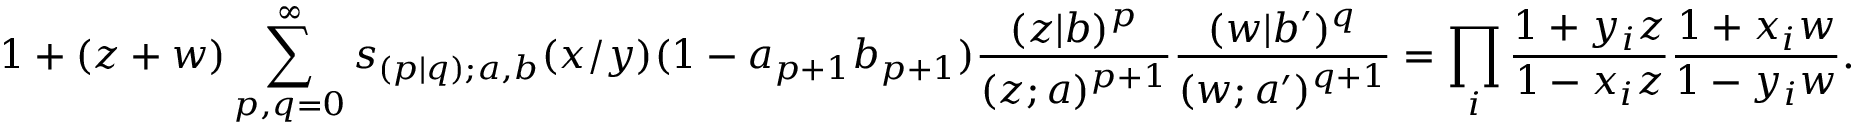
1 + ( z + w ) \sum _ { p , q = 0 } ^ { \infty } s _ { ( p | q ) ; a , b } ( x / y ) ( 1 - a _ { p + 1 } b _ { p + 1 } ) \frac { ( z | b ) ^ { p } } { ( z ; a ) ^ { p + 1 } } \frac { ( w | b ^ { \prime } ) ^ { q } } { ( w ; a ^ { \prime } ) ^ { q + 1 } } = \prod _ { i } \frac { 1 + y _ { i } z } { 1 - x _ { i } z } \frac { 1 + x _ { i } w } { 1 - y _ { i } w } .